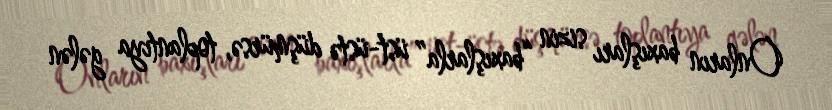
Onların baxışları sizin “baxışlarla” üst-üstə düşmürsə, toplantıya gələn